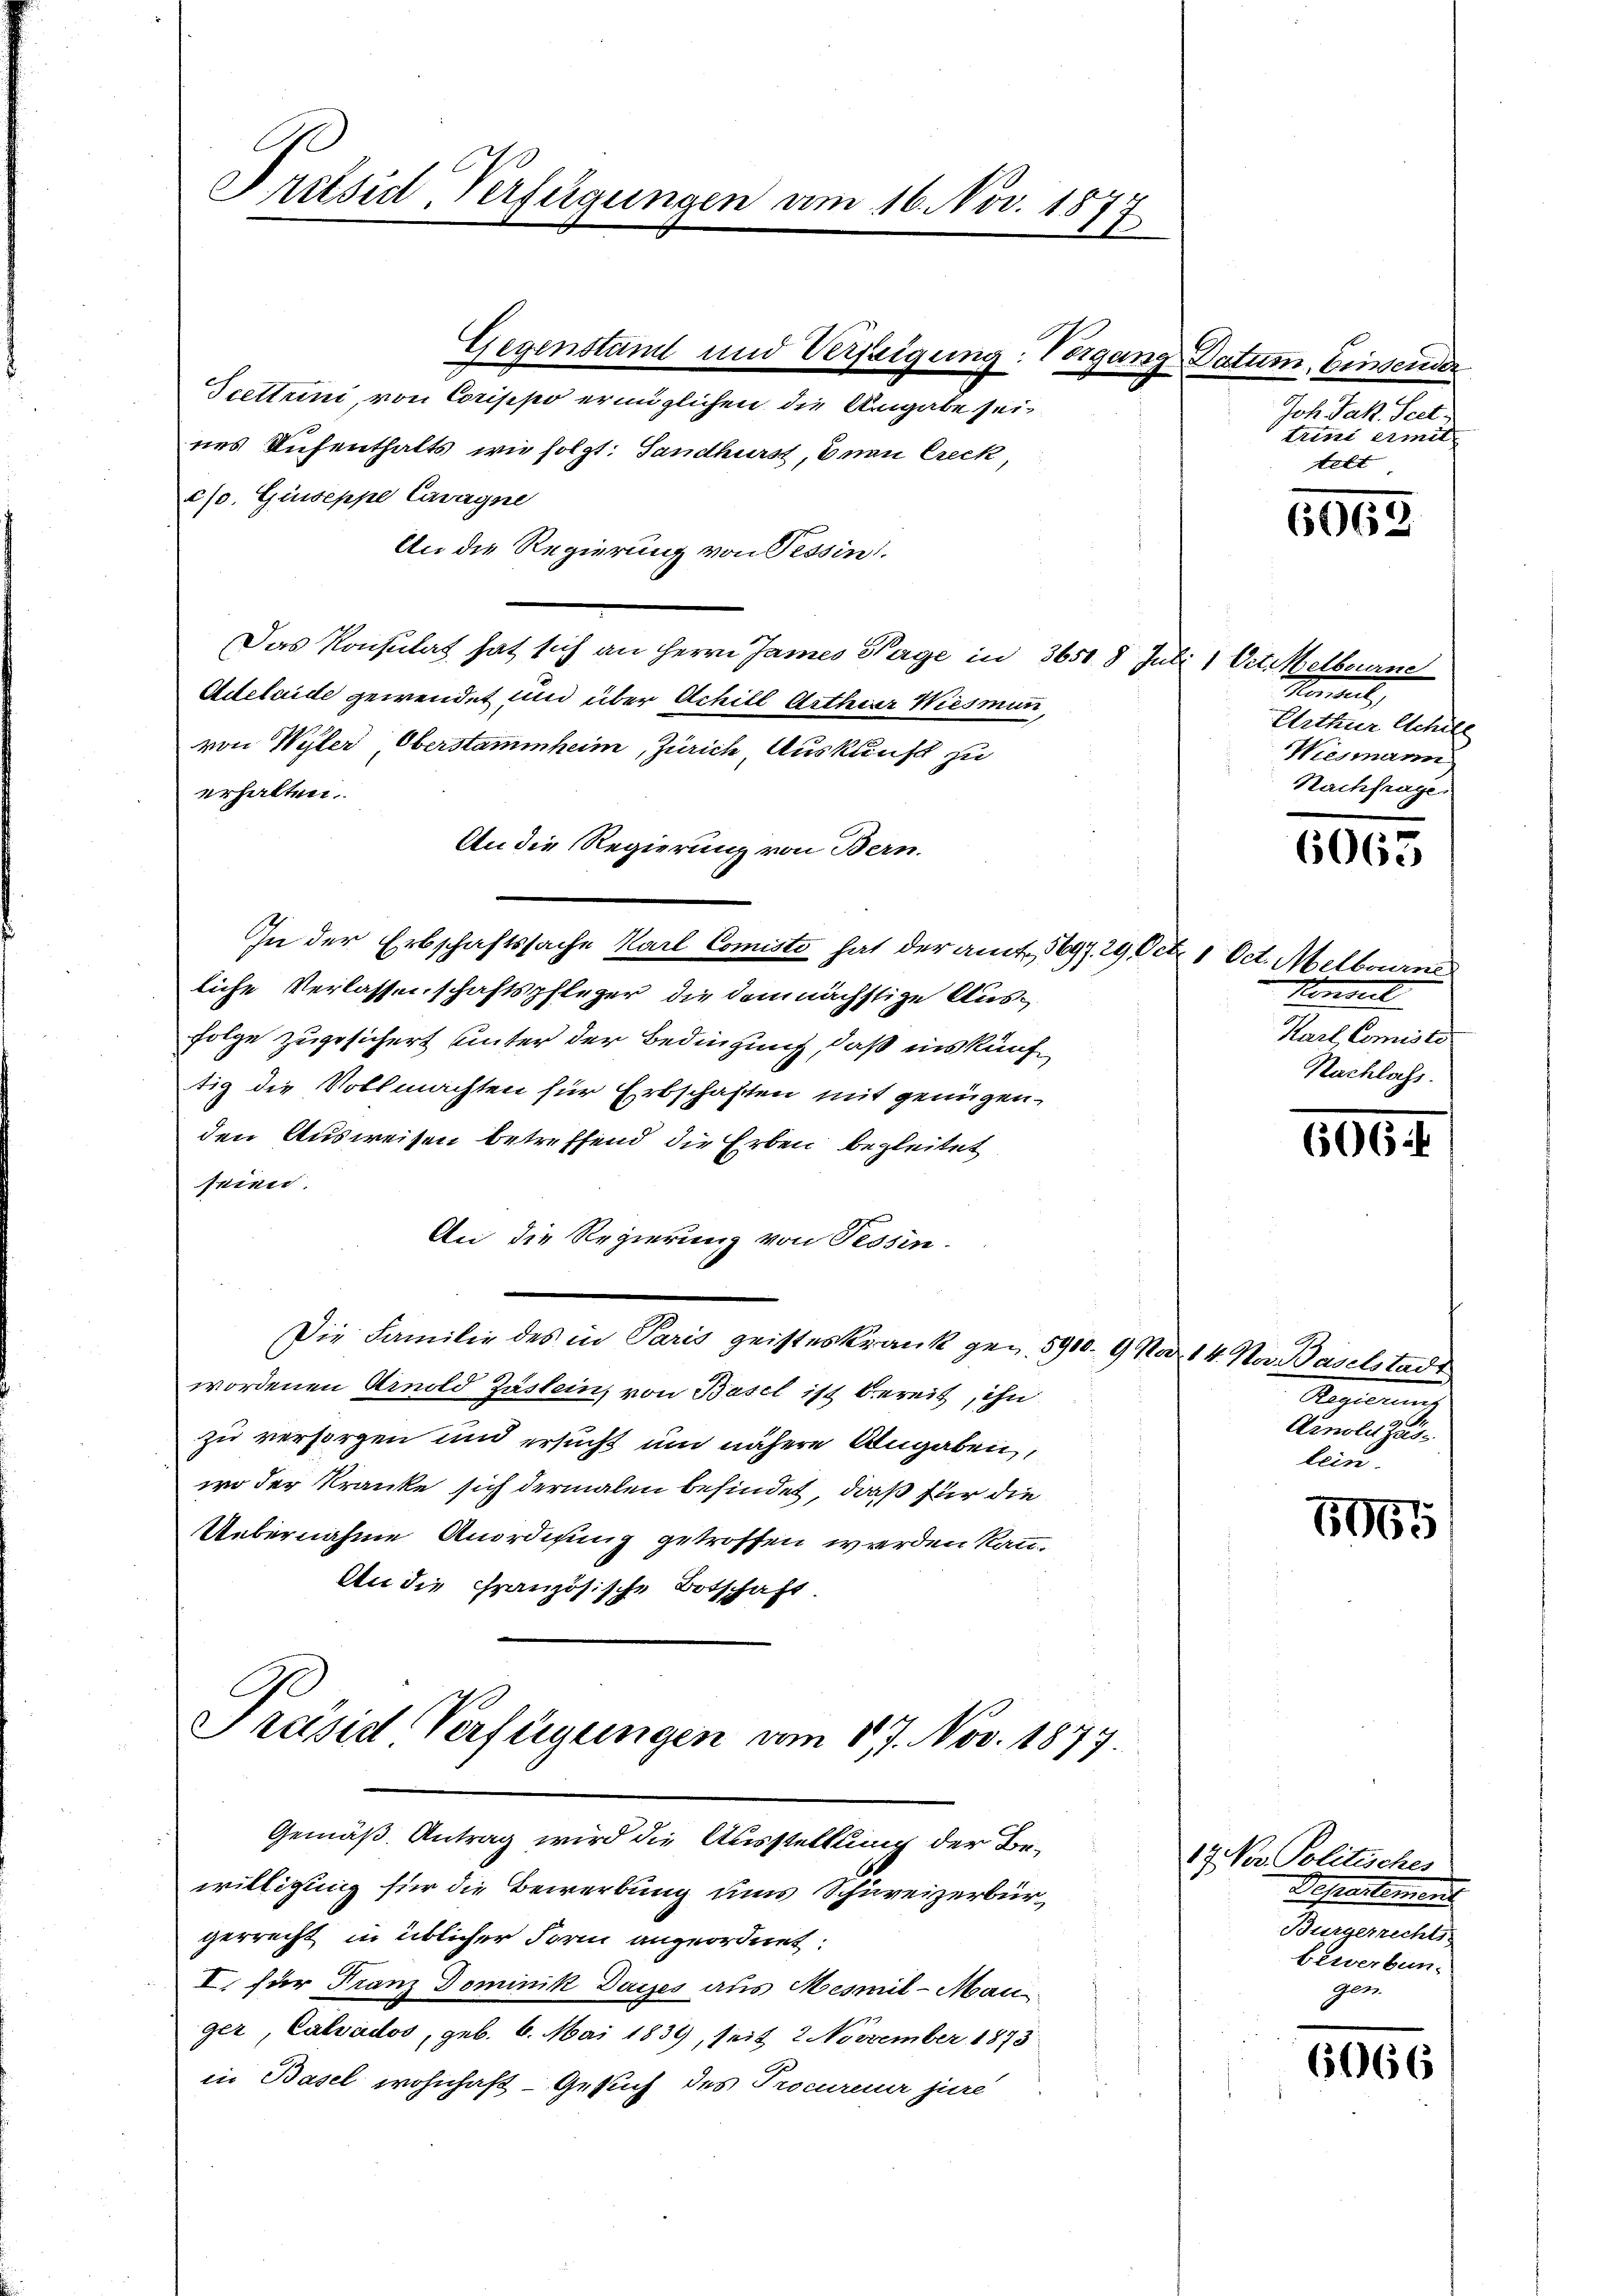
b
Pritsid-Verfügungen vom 16. Nov. 1871
1

Gegenstand und Verfeigung: Vorgang Datum. Einsender
Scettrini, von Corippo ermöglichen die Angabe seines Aufenthalts, wie folgt: Sandhurst, Enan Creck
c/. Guseppe Cavagne
An die Regierung von Tessin
Das Konsulat hat sich an Herrn James Tage in 3650 8 Juli 1 Oct. Melbourne
Adelaide gewendet und über Achill Arthier Wiesmann,
von Wyler, Oberstammheim, Zürich, Auskunft zu
erhalten.
An die Regierung von Bern.
In der Erbschaftssache Karl Comisti hat der amt 1697. 29 Oct. 1 Oct. Melbourne
liche Verlassenschaftspfleger die demnächstige Aus¬
Folge zugesichert unter der Bedingung, daß ins künftig die Vollmachten für Erbschaften mit genügen.
den Ausweisen betreffend die Erben begleitet
seien
An die Regierung von Tessin-
Die Familie des in Paris geisteskrank gen 5910 9 No 14. Nov. Baselstadt
wordenen Arnold Zästein, von Basel ist bereit, ihn
zu versorgen und ersucht und nähere Angaben,
wo der Kranke sich dermalen befindet, daß für die
Uebernahme Anordnung getroffen werden kann.
An die Französische Botschaft.

willigung für die Bewerbung uns Schureizerbürgerrecht in üblicher Form angeordnet:
I. für Franz Dominik Daies aus Mesmil-Mau
ger, Calvados, geb. 6. Mai 1839, seit 2 November 1873
in Basel wohnhaft- Gesuch des Procureur jure

Präsid Verfügungen vom 17. Nov. 1877.
Gemäß Antrag wird die Ausstellung der Be¬

Joh. Jak. Seet
trini ermit
telt

5665

Monkel,
Arthur Schill
Wiesmann
Nachfrage

6063

Konseil
Karl Comisio
Nachlass.

606.

2
benen sein
lein.

6961

17. Von Politisches
Departement
Bürgerrechts
bewerbun-
gen

6666